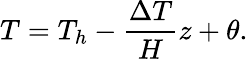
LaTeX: T=T_{h}-\frac{\Delta T}{H}z+\theta.